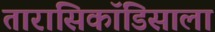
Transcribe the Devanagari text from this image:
तारासिकॉडिसाला